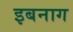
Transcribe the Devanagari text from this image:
इबनाग